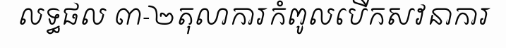
លទ្ធផល ៣-២តុលាការកំពូលបើកសវនាការ